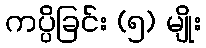
ကပ္ပိခြင်း (၅) မျိုး